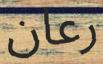
رعان